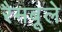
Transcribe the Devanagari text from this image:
रैमबूले